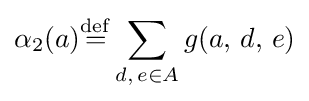
\alpha _{2}(a){\stackrel {\mathrm {def} }{=}}\displaystyle \sum \limits _{d,\,e\in A}g(a,\,d,\,e)